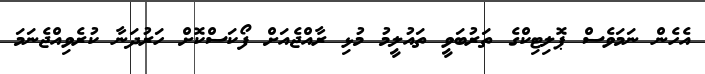
އެހެން ނަމަވެސް ޕޮލިޓިކްގެ ތަރުބަވީ ތައުލީމު މުޅި ރާއްޖެއަށް ފޯކަސްކޮށް ހަރުދަނާ ކުރެވިއްޖެނަމަ